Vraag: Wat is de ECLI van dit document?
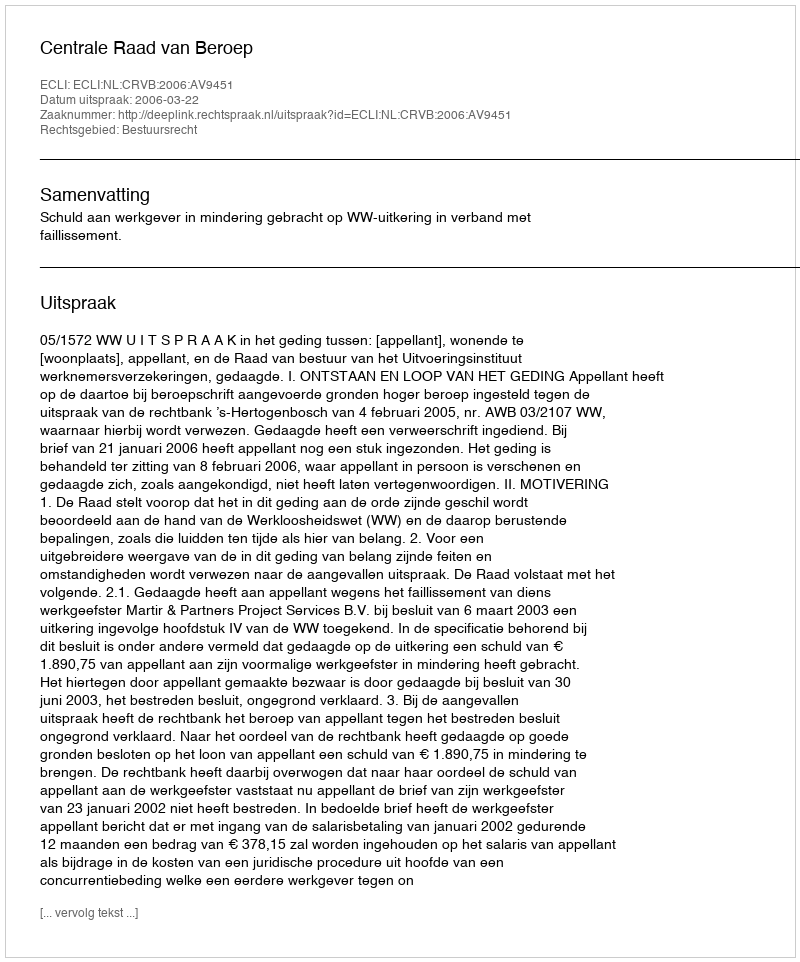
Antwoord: ECLI:NL:CRVB:2006:AV9451